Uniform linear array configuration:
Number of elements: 4
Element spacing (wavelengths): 1
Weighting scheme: cosine
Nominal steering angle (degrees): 45
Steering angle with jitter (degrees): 45.526
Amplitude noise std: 0.05
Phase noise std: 0.05

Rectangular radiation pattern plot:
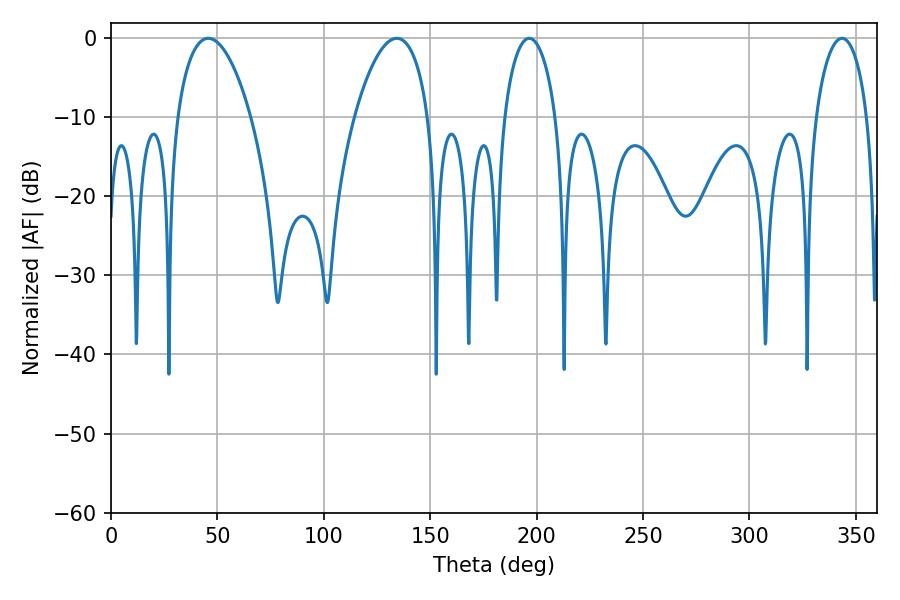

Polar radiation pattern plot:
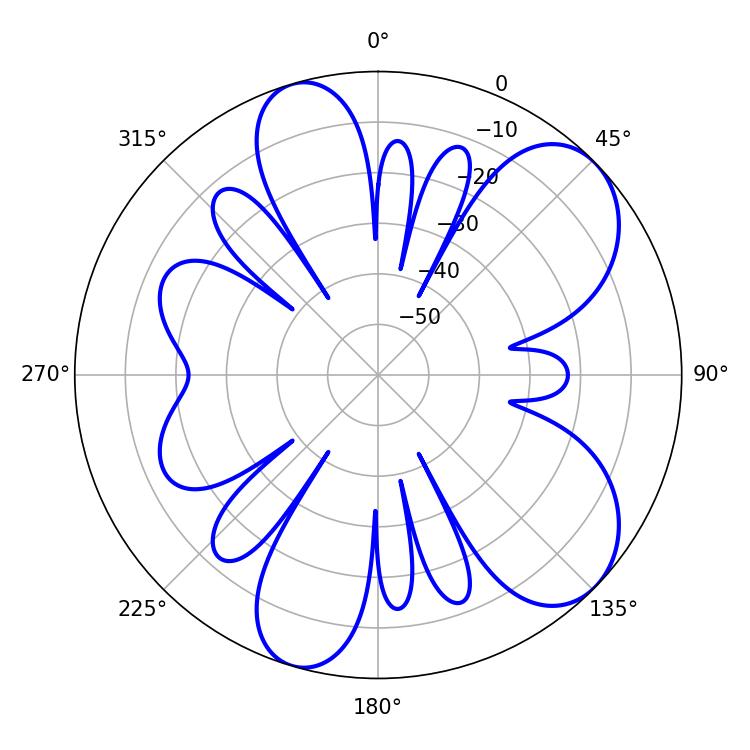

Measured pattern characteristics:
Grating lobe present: TRUE
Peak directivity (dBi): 7.641
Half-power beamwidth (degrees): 19.44
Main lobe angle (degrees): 45.72